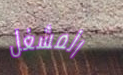
المشغل